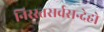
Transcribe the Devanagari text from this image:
निरस्तसर्वसन्देहो